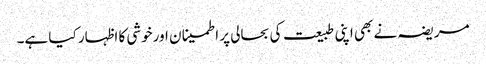
مریضہ نے بھی اپنی طبیعت کی بحالی پر اطمینا ن اورخوشی کا اظہار کیا ہے۔